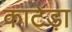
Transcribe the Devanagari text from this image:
काटेड़ा